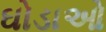
ઘોડાઓ